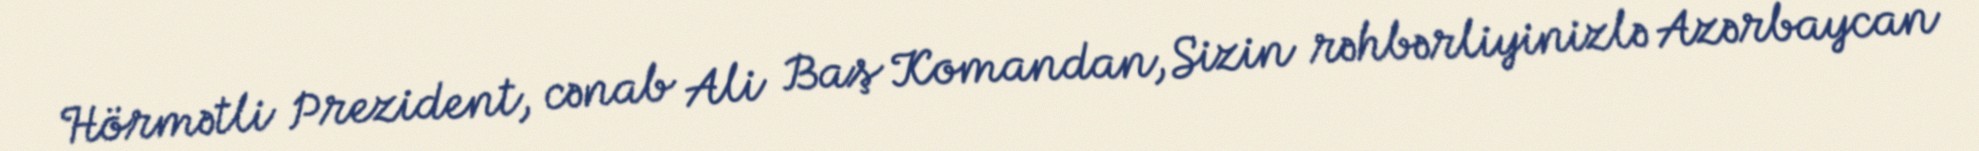
Hörmətli Prezident, cənab Ali Baş Komandan, Sizin rəhbərliyinizlə Azərbaycan